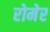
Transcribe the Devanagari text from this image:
रोमेर